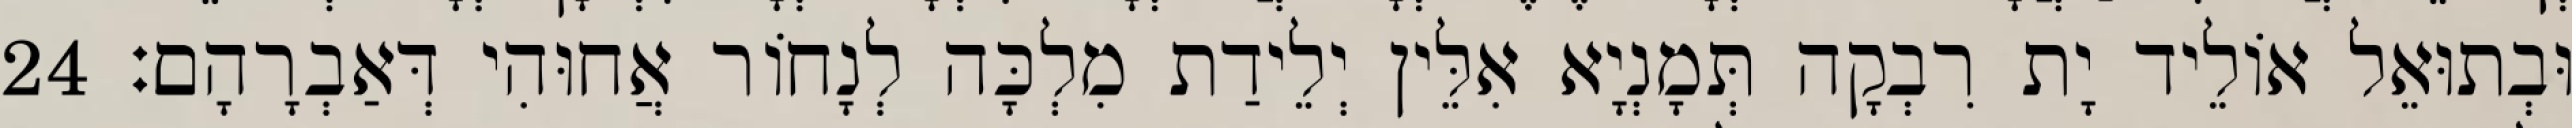
וּבְתוּאֵל אוֹלֵיד יָת רִבְקָה תְּמָנְיָא אִלֵּין יְלֵידַת מִלְכָּה לְנָחוֹר אֲחוּהִי דְּאַבְרָהָם׃ 24